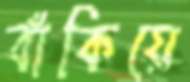
বাঁকিয়ে